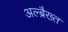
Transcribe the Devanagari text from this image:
अल्ब्रैख्त